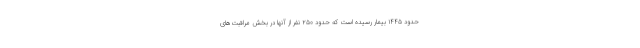
حدود ۱۴۴۵ بیمار رسیده است که حدود ۲۵۰ نفر از آنها در بخش مراقبت‌های